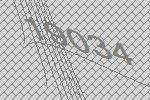
19034